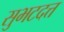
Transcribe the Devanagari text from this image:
सुभटदत्त